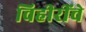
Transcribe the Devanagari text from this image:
विहीरींचे